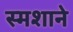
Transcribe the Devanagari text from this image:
स्मशाने